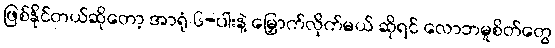
ဖြစ်နိုင်တယ်ဆိုတော့ အာရုံ ၆-ပါးနဲ့ မြှောက်လိုက်မယ် ဆိုရင် လောဘမူစိတ်တွေ